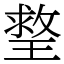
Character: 𤨣